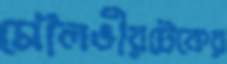
মৌলভীরটেকের